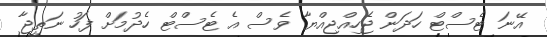
އޭނަ ޓެސްޓް ހަދަން ޖެހިއްޖިއްޔާ ވެސް އެ ޓެސްޓް ހެދުމަށް ފަހު ނަތީޖާ